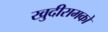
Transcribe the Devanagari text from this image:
खुदीरामको